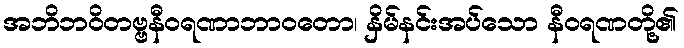
အဘိဘဝိတဗ္ဗနီဝရဏာဘာဝတော၊ နှိမ်နင်းအပ်သော နီဝရဏတို့၏